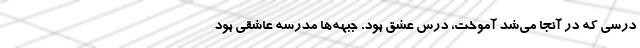
درسی که در آنجا می‌شد آموخت، درس عشق بود. جبهه‌ها مدرسه عاشقی بود